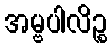
အမ္ဗပါလိဉ္စ